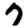
Digit: 7